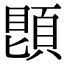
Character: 𩓓